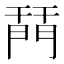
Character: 𨴚